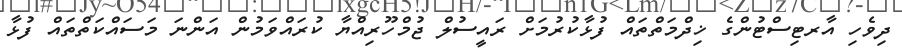
ދިވެހި އާރޓިސްޓުންގެ ޚިދްމަތްތައް ފުޅާކުރުމަށް ރައީސުލް ޖުމްހޫރިއްޔާ ކުރައްވަމުން އަންނަ މަސައްކަތްތައް ފުޅާ